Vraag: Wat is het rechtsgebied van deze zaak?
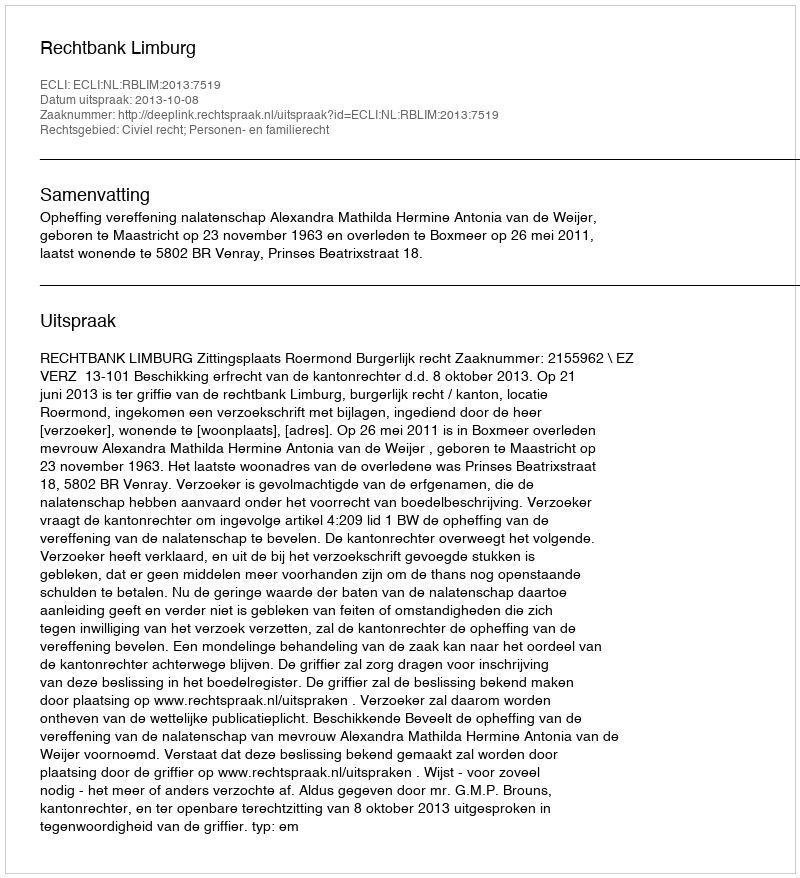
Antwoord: Civiel recht; Personen- en familierecht